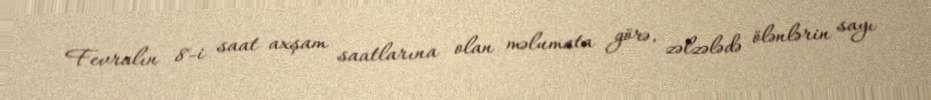
Fevralın 8-i saat axşam saatlarına olan məlumata görə, zəlzələdə ölənlərin sayı